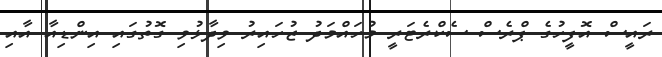
ރައީސް އޮފީހުގެ ޕްރެސް ސެކްރެޓަރީ މުހައްމަދު ޒުހައިރު ވިދާޅުވި ގޮތުގައި އިންޑިއާ އާއި